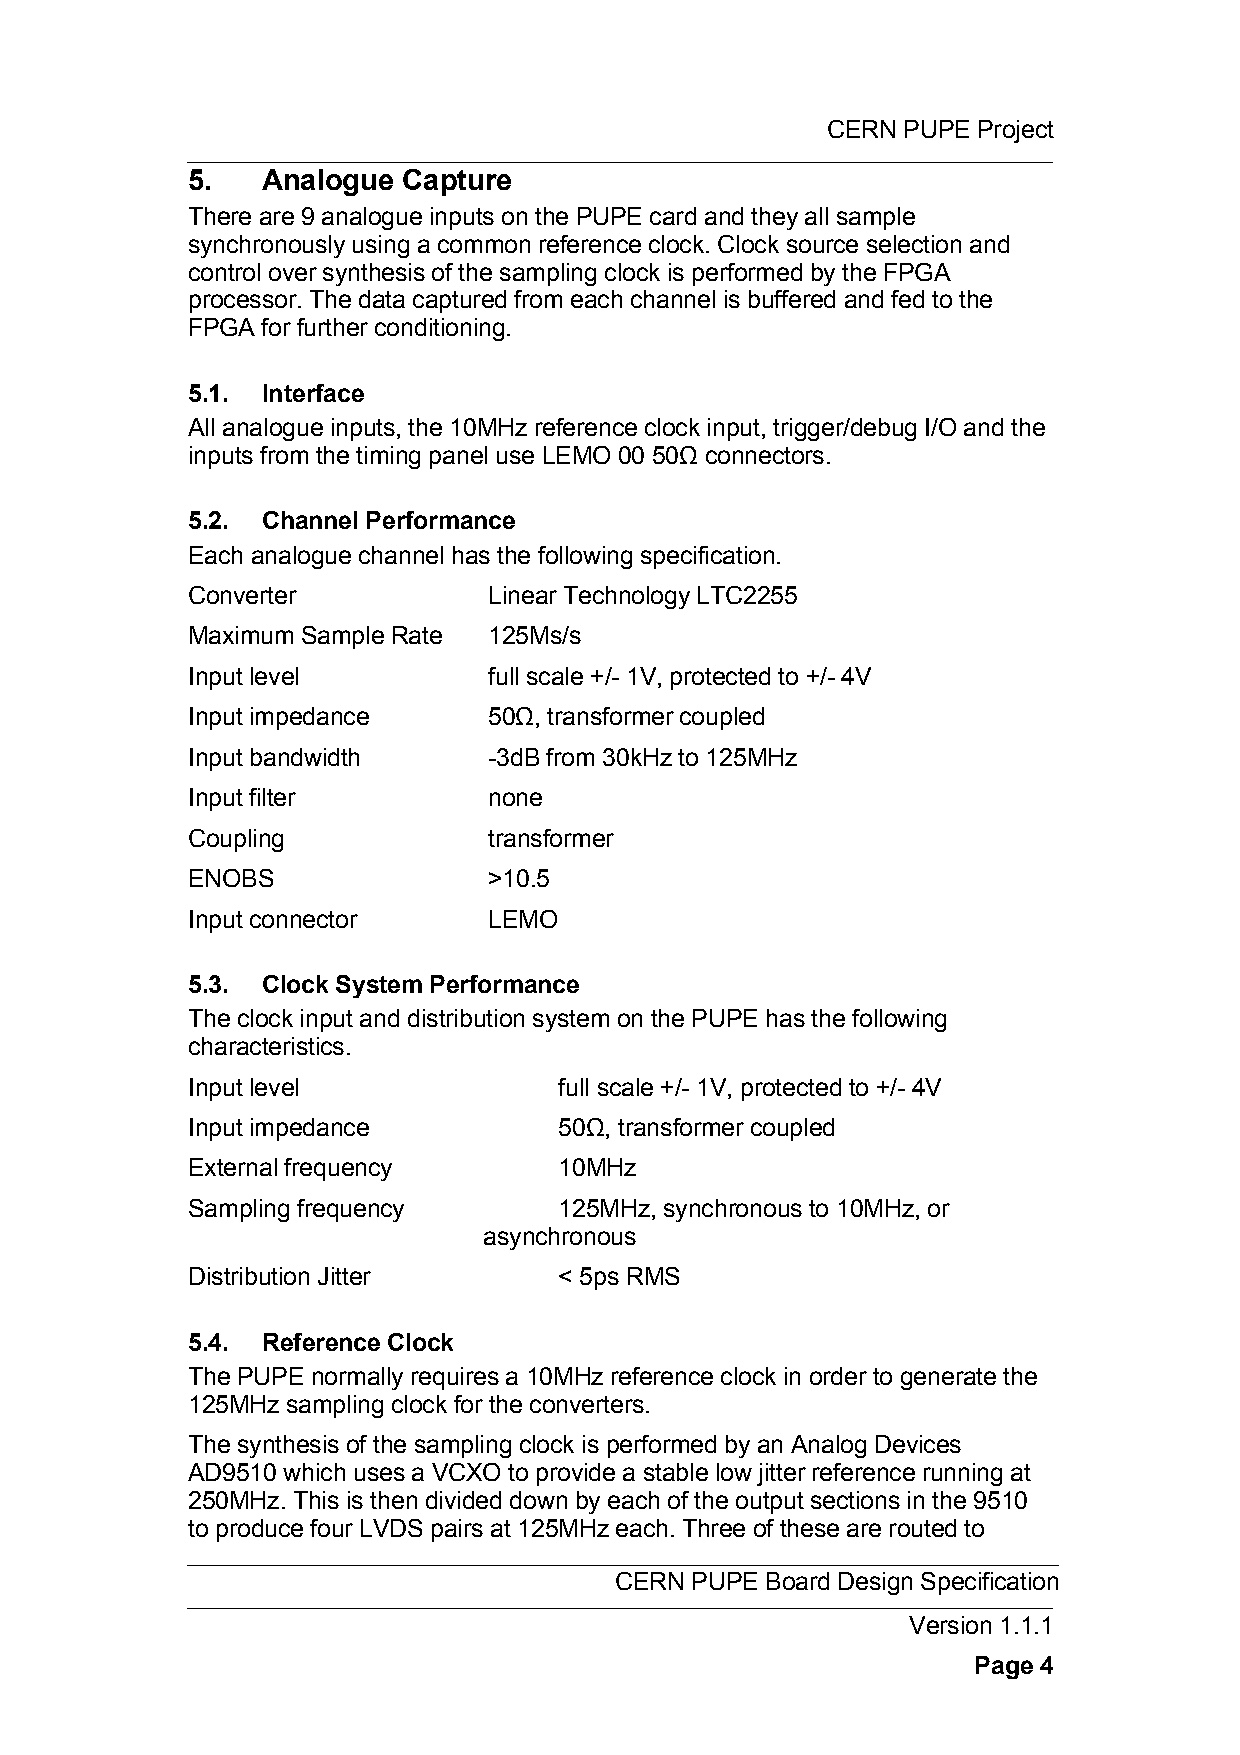
CERN PUPE Project
 5.   Analogue  Capture
 There are 9 analogue inputs on the PUPE card and they all sample
 synchronously using a common reference clock. Clock source selection and
 control over synthesis of the sampling clock is performed by the FPGA
 processor. The data captured from each channel is buffered and fed to the
 FPGA for further conditioning.
 5.1. Interface
 All analogue inputs, the 10MHz reference clock input, trigger/debug I/O and the
 inputs from the timing panel use LEMO 00 50Ω connectors.
 5.2. Channel Performance
 Each analogue channel has the following specification.
 Converter           Linear Technology LTC2255
 Maximum Sample Rate 125Ms/s
 Input level         full scale +/- 1V, protected to +/- 4V
 Input impedance     50Ω, transformer coupled
 Input bandwidth     -3dB from 30kHz to 125MHz
 Input filter        none
 Coupling            transformer
 ENOBS               >10.5
 Input connector     LEMO
 5.3. Clock System Performance
 The clock input and distribution system on the PUPE has the following
 characteristics.
 Input level              full scale +/- 1V, protected to +/- 4V
 Input impedance          50Ω, transformer coupled
 External frequency       10MHz
 Sampling frequency       125MHz, synchronous to 10MHz, or
 asynchronous
 Distribution Jitter      < 5ps RMS
 5.4. Reference Clock
 The PUPE normally requires a 10MHz reference clock in order to generate the
 125MHz sampling clock for the converters.
 The synthesis of the sampling clock is performed by an Analog Devices
 AD9510 which uses a VCXO to provide a stable low jitter reference running at
 250MHz. This is then divided down by each of the output sections in the 9510
 to produce four LVDS pairs at 125MHz each. Three of these are routed to
 CERN PUPE Board Design Specification
 Version 1.1.1
 Page 4